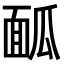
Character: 𩈕